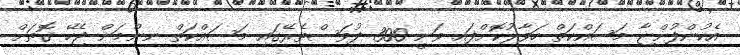
އެކުންފުންޏާ މަސައްކަތް ހަވާލުކޮށްފައި ވަނީ 300 ދުވަސްތެރޭގައި މަސައްކަތް ނިންމަން ޖެހޭ ގޮތަށް